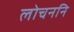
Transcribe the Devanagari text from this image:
लोचननि